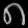
Digit: ၈